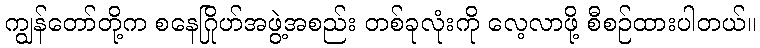
ကျွန်တော်တို့က စနေဂြိုဟ်အဖွဲ့အစည်း တစ်ခုလုံးကို လေ့လာဖို့ စီစဉ်ထားပါတယ်။